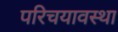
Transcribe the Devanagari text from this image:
परिचयावस्था